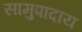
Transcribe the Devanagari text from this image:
सामुपादाय